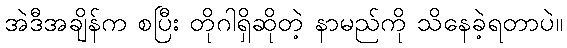
အဲဒီအချိန်က စပြီး တိုဂါရှိဆိုတဲ့ နာမည်ကို သိနေခဲ့ရတာပဲ။